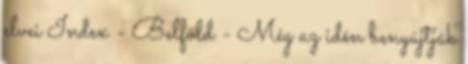
elvei Index - Belföld - Még az idén benyújtják